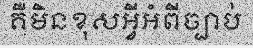
គឺមិនខុសអ្វីអំពីច្បាប់